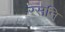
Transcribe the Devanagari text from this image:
रसनि